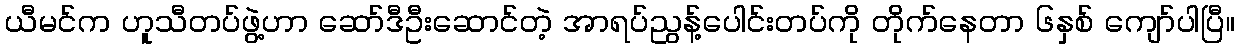
ယီမင်က ဟူသီတပ်ဖွဲ့ဟာ ဆော်ဒီဦးဆောင်တဲ့ အာရပ်ညွန့်ပေါင်းတပ်ကို တိုက်နေတာ ၆နှစ် ကျော်ပါပြီ။